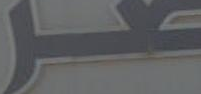
صر